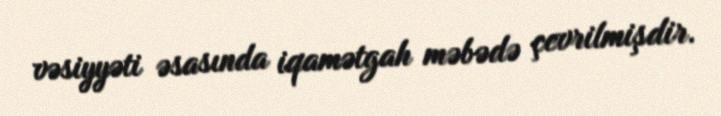
vəsiyyəti əsasında iqamətgah məbədə çevrilmişdir.